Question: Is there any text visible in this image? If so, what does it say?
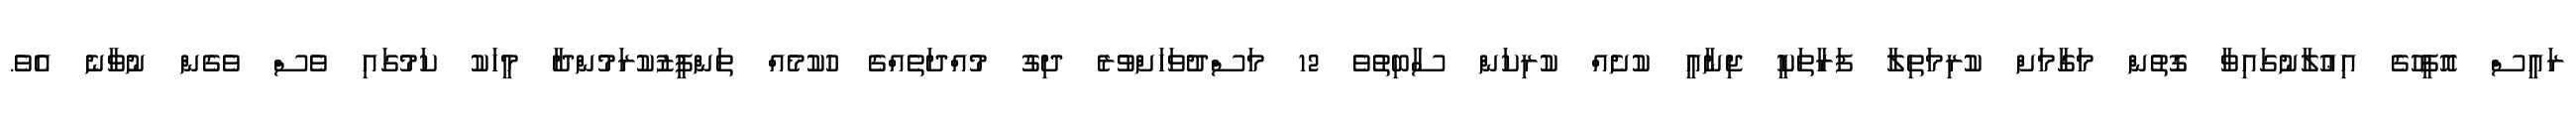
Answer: ރައީސް އޮފީހުގެ އިޢުލާނުގައިވާ ގޮތުން މަގާމަށް ކުރިމަތިލާ ފަރާތަކީ ޖިނާއީ ކުށެއް ކުރިކަން ސާބިތުވެ 12 މަސްދުވަހަށްވުރެ ދިގު މުއްދަތެއްގެ ހުކުމެއް ތަންފީޒުކުރަމުންދާ މީހަކު ކަމުގައި ވެސް ވެގެން ނުވާނެ އެވެ.